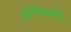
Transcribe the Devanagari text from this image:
ऑफिसबॉय